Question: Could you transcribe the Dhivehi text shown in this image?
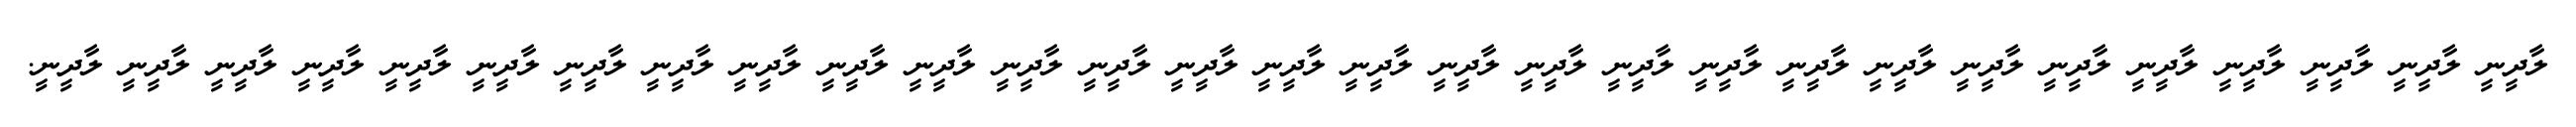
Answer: ލާދީނީ ލާދީނީ ލާދީނީ ލާދީނީ ލާދީނީ ލާދީނީ ލާދީނީ ލާދީނީ ލާދީނީ ލާދީނީ ލާދީނީ ލާދީނީ ލާދީނީ ލާދީނީ ލާދީނީ ލާދީނީ ލާދީނީ ލާދީނީ ލާދީނީ ލާދީނީ ލާދީނީ ލާދީނީ ލާދީނީ ލާދީނީ ލާދީނީ ލާދީނީ ލާދީނީ ލާދީނީ ލާދީނީ.